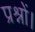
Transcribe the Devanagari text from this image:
प्रश्नों।